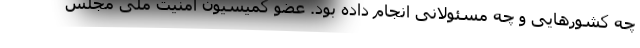
چه کشورهایی و چه مسئولانی انجام داده بود. عضو کمیسیون امنیت ملی مجلس